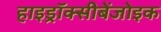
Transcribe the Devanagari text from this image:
हाइड्रॉक्सीबेंजोइक